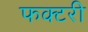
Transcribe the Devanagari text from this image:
फक्टरी